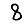
Digit: 8